DOW-UAP-D60, Mission Report, Persian Gulf, August 2020
Agency: Department of War
Incident date: 8/8/20
Incident location: Persian Gulf
Page 3
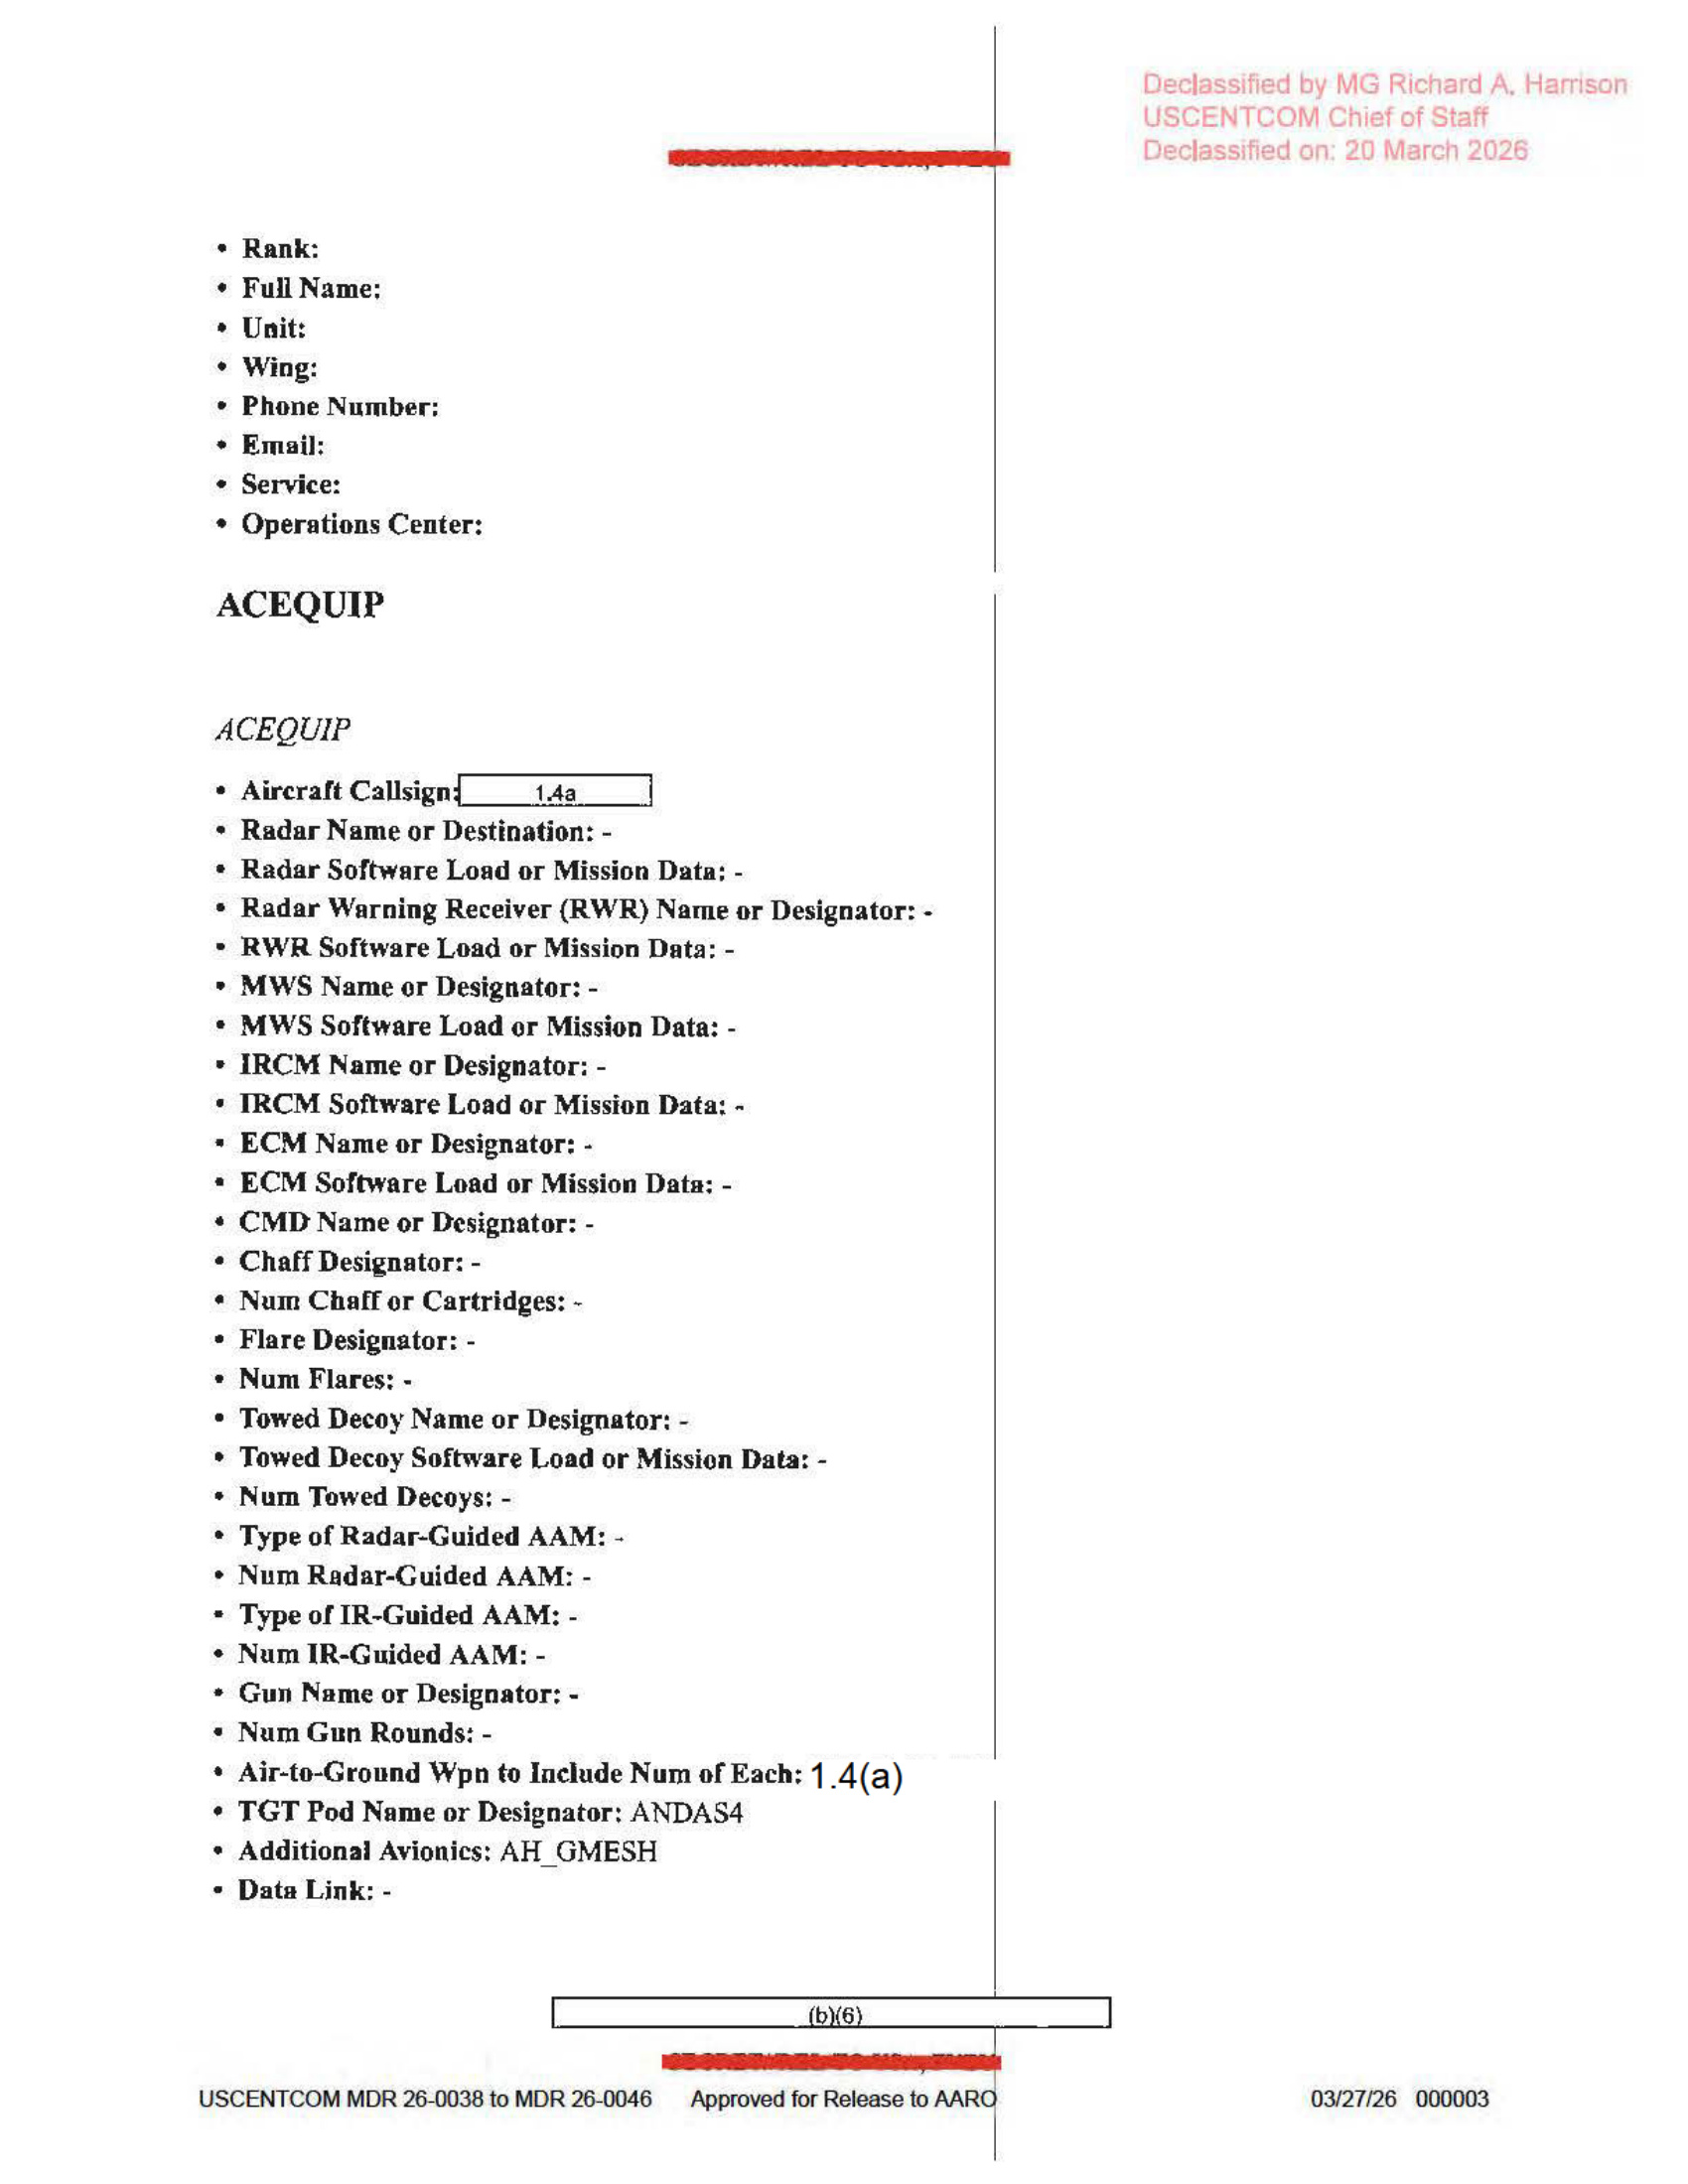